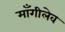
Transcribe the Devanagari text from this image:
माँगीलेव